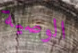
الوصية